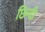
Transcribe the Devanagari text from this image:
छिन्दी